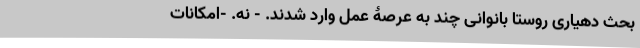
بحث دهیاری روستا بانوانی چند به عرصۀ عمل وارد شدند. - نه. -امکانات